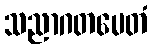
သညာဂတမေတံ